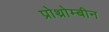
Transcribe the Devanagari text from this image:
प्रोथ्रोम्बीन